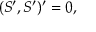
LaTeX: ( { \cal S } ^ { \prime } , { \cal S } ^ { \prime } ) ^ { \prime } = 0 ,